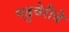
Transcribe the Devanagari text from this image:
पडुचेरीचे